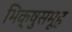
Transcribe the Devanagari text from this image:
भिक्षुसमूह